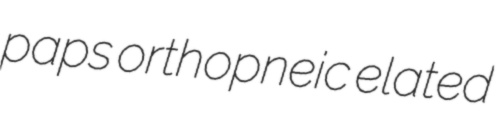
paps orthopneic elated